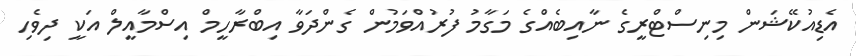
އެޑިއުކޭޝަން މިނިސްޓްރީގެ ނާއިބެއްގެ މަގާމު ފުރުއްވަމުން ގެންދަވާ އިބްރާހީމް އިސްމާއީލް އަކީ ދިވެހި